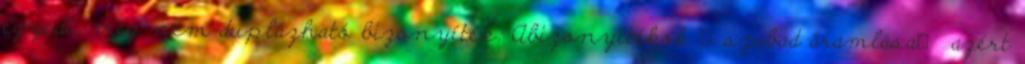
egyedi, meg nem duplázható bizonyíték. Abizonyítékok szabad áramlása azért